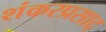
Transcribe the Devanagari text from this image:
शंकरप्रसाद